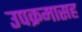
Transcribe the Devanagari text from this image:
उपक्रमासह